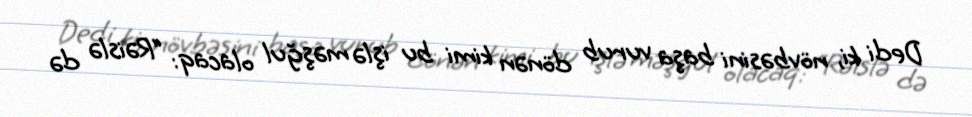
Dedi ki, növbəsini başa vurub dönən kimi bu işlə məşğul olacaq: “Rəislə də